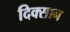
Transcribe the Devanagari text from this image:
दिक्सान